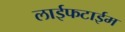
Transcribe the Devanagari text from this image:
लाईफटाईम